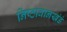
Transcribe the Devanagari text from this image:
निष्ठावानखंडं